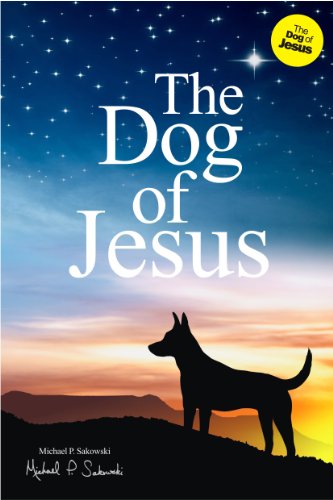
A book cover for The Dog of Jesus; Michael P. Sakowski; Christian Books & Bibles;